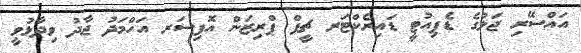
އައްސޭރި ޖަލުގެ ޑެޕިއުޓީ ޑައިރެކްޓަރ ޗީފް ޕްރިޒަން އޮފިސަރ އަހްމަދު ޖާދު ވިދާޅުވީ